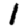
Digit: 1